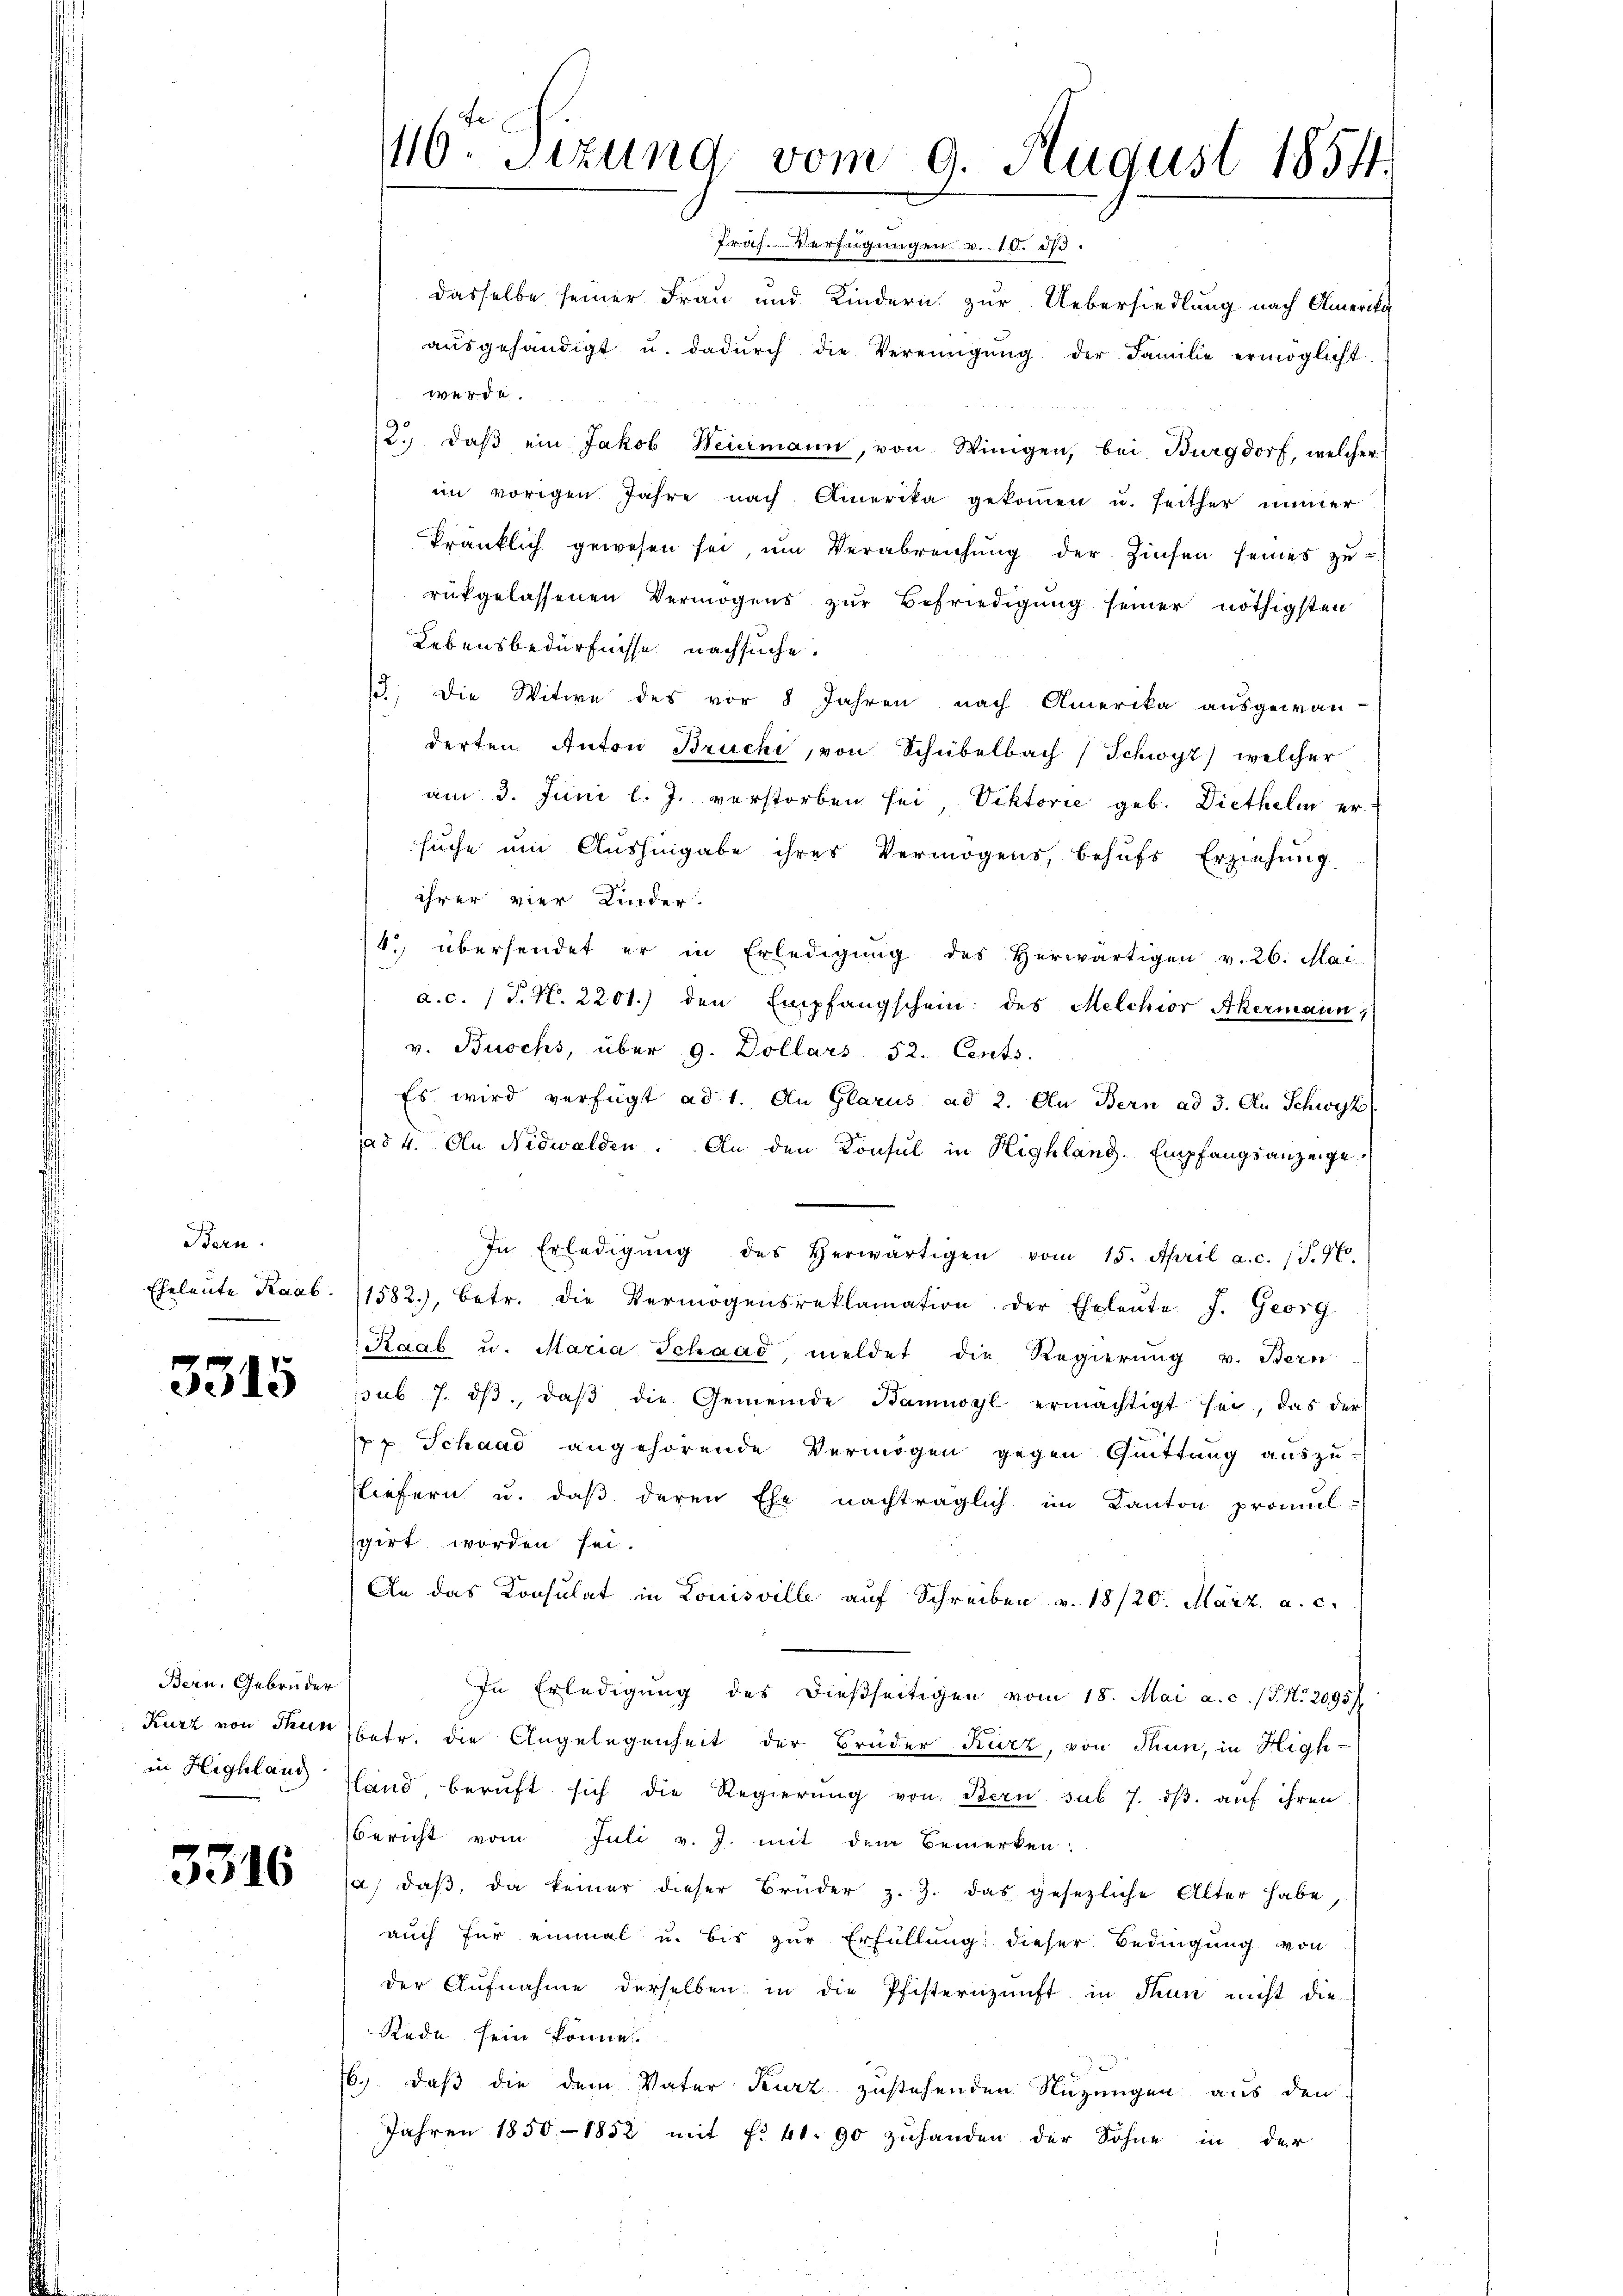
Bern.
Eheleute Knab

3315

Bern, Gebrüder
in Highlaug

3316

16ten Sizung vom 9. August 1854.

Präs. Verfügungen v. 10. ds.
dasselbe seiner Frau und Kindern zur Uebersiedlung nach Amerika
aŭsgehändigt u. dadŭrch die Vereinigŭng der Familie ermöglicht
werde.
2.) daβ ein Jakob Weiermann, von Winigen, bei Burgdorf, welcher
im vorigen Jahre nach Amerika gekommen u. seither immer
kränklich gewesen sei, um Verabreichung der Zinsen seines zurükgelassenen Vermögens zur Befriedigung seiner nöthigsten
Lebensbedürfnisse nachsuche.
13. Die Witwe des vor 8 Jahren nach Amerika ausgewan-
derten Anton Brüchi, von Schübelbach / Schwyz) welcher
am 3. Juni l. J. verstorben sei, Viktorie geb. Diethelm er
suche um Aushingabe ihres Vermögens, behufs Erziehung
ihrer vier Kinder.
4. übersendet er in Erledigung des herwärtigen v. 26. Mai
a.c. (T. N. 2201.) den Empfangschein: des Melchior Akermann 1
v. Buchs, über 9. Dollars 52. Cents.
Es wird verfügt ad 1. An Glarus ad 2. Au Bern ad 3. An Schwyz
ad 4. An Nidwalden. An den Konsul in Highlang. Empfangsanzeige
In Erledigŭng des herwärtigen vom 15. April a.c. (T.7
1582), betr. die Vermögensreklamation der Eheleŭte J. Georg
Raab u. Maria Schaad meldet die Regierung v. Stern
sub 7. dβ, daβ die Gemeinde Kanwyl ermächtigt sei, das der
pp. Schaad angehörende Vermögen gegen Quittung auszu-
fliefern u. daß deren Ehe nachträglich im Kanton promul-
sgirt worden sei.
An das Konsulat in Louisville auf Schreiben v. 18/20. März a. c.
In Erledigung des dießseitigen vom 18. Mai a. c. (T. N. 2095/
Kurz von der betr. die Angelegenheit der Brüder Kurz, von Thun, in Highland, beruft sich die Regierung von Bern sub 7. ds. auf ihren
Bericht vom Juli v. J. mit dem Bemerken.
a, daβ, da keiner dieser Brüder z. Z. das gesezliche Alter habe,
auch für einmal u. bis zur Erfüllung dieser Bedingung von
der Aufnahme derselben in die Pfisternunft in Thun nicht die
Rede sein könne.
6.) daß die dem Vater Kurz zustehenden Nutzungen aus den
Jahren 1850-1852 mit No 40. 90 zuhanden der Sohne in der